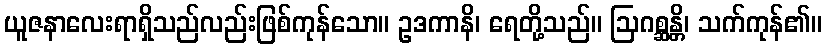
ယူဇနာလေးရာရှိသည်လည်းဖြစ်ကုန်သော။ ဥဒကာနိ၊ ရေတို့သည်။ ဩဂစ္ဆန္တိ၊ သက်ကုန်၏။